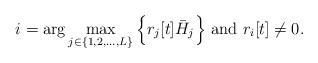
LaTeX: \begin{align*}i = \arg \max_{j\in \{1,2,\ldots,L\}}\Big\{{r_j}[t]\bar{H}_j\Big\}~\textrm{and}~{r_i}[t] \neq 0.\end{align*}